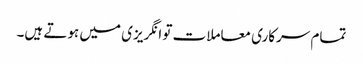
تمام سرکاری معاملات تو انگریزی میں ہوتے ہیں۔